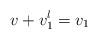
LaTeX: \begin{align*}v+v_1^{l} = v_1\end{align*}